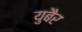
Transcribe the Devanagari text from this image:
युबैर